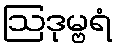
ဩဒုမ္ဗရံ